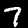
Digit: 7